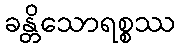
ခန္တိသောရစ္စဿ